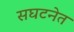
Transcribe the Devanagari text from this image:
सघटनेत